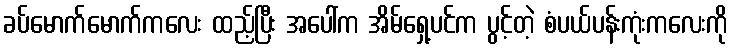
ခပ်မောက်မောက်ကလေး ထည့်ပြီး အပေါ်က အိမ်ရှေ့ပင်က ပွင့်တဲ့ စံပယ်ပန်းကုံးကလေးကို